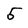
Character: 5